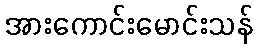
အားကောင်းမောင်းသန်